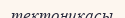
тектоникасы